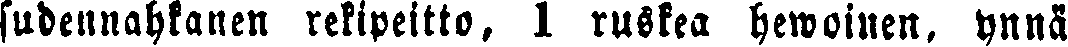
sudennahkanen rekipeitto, 1 ruskea hewoinen, ynnä